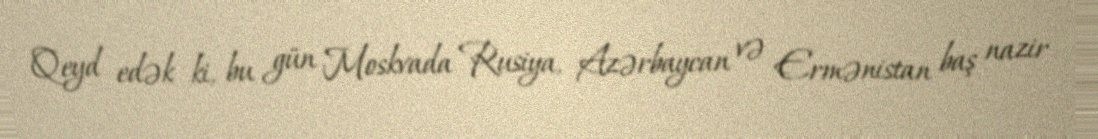
Qeyd edək ki, bu gün Moskvada Rusiya, Azərbaycan və Ermənistan baş nazir